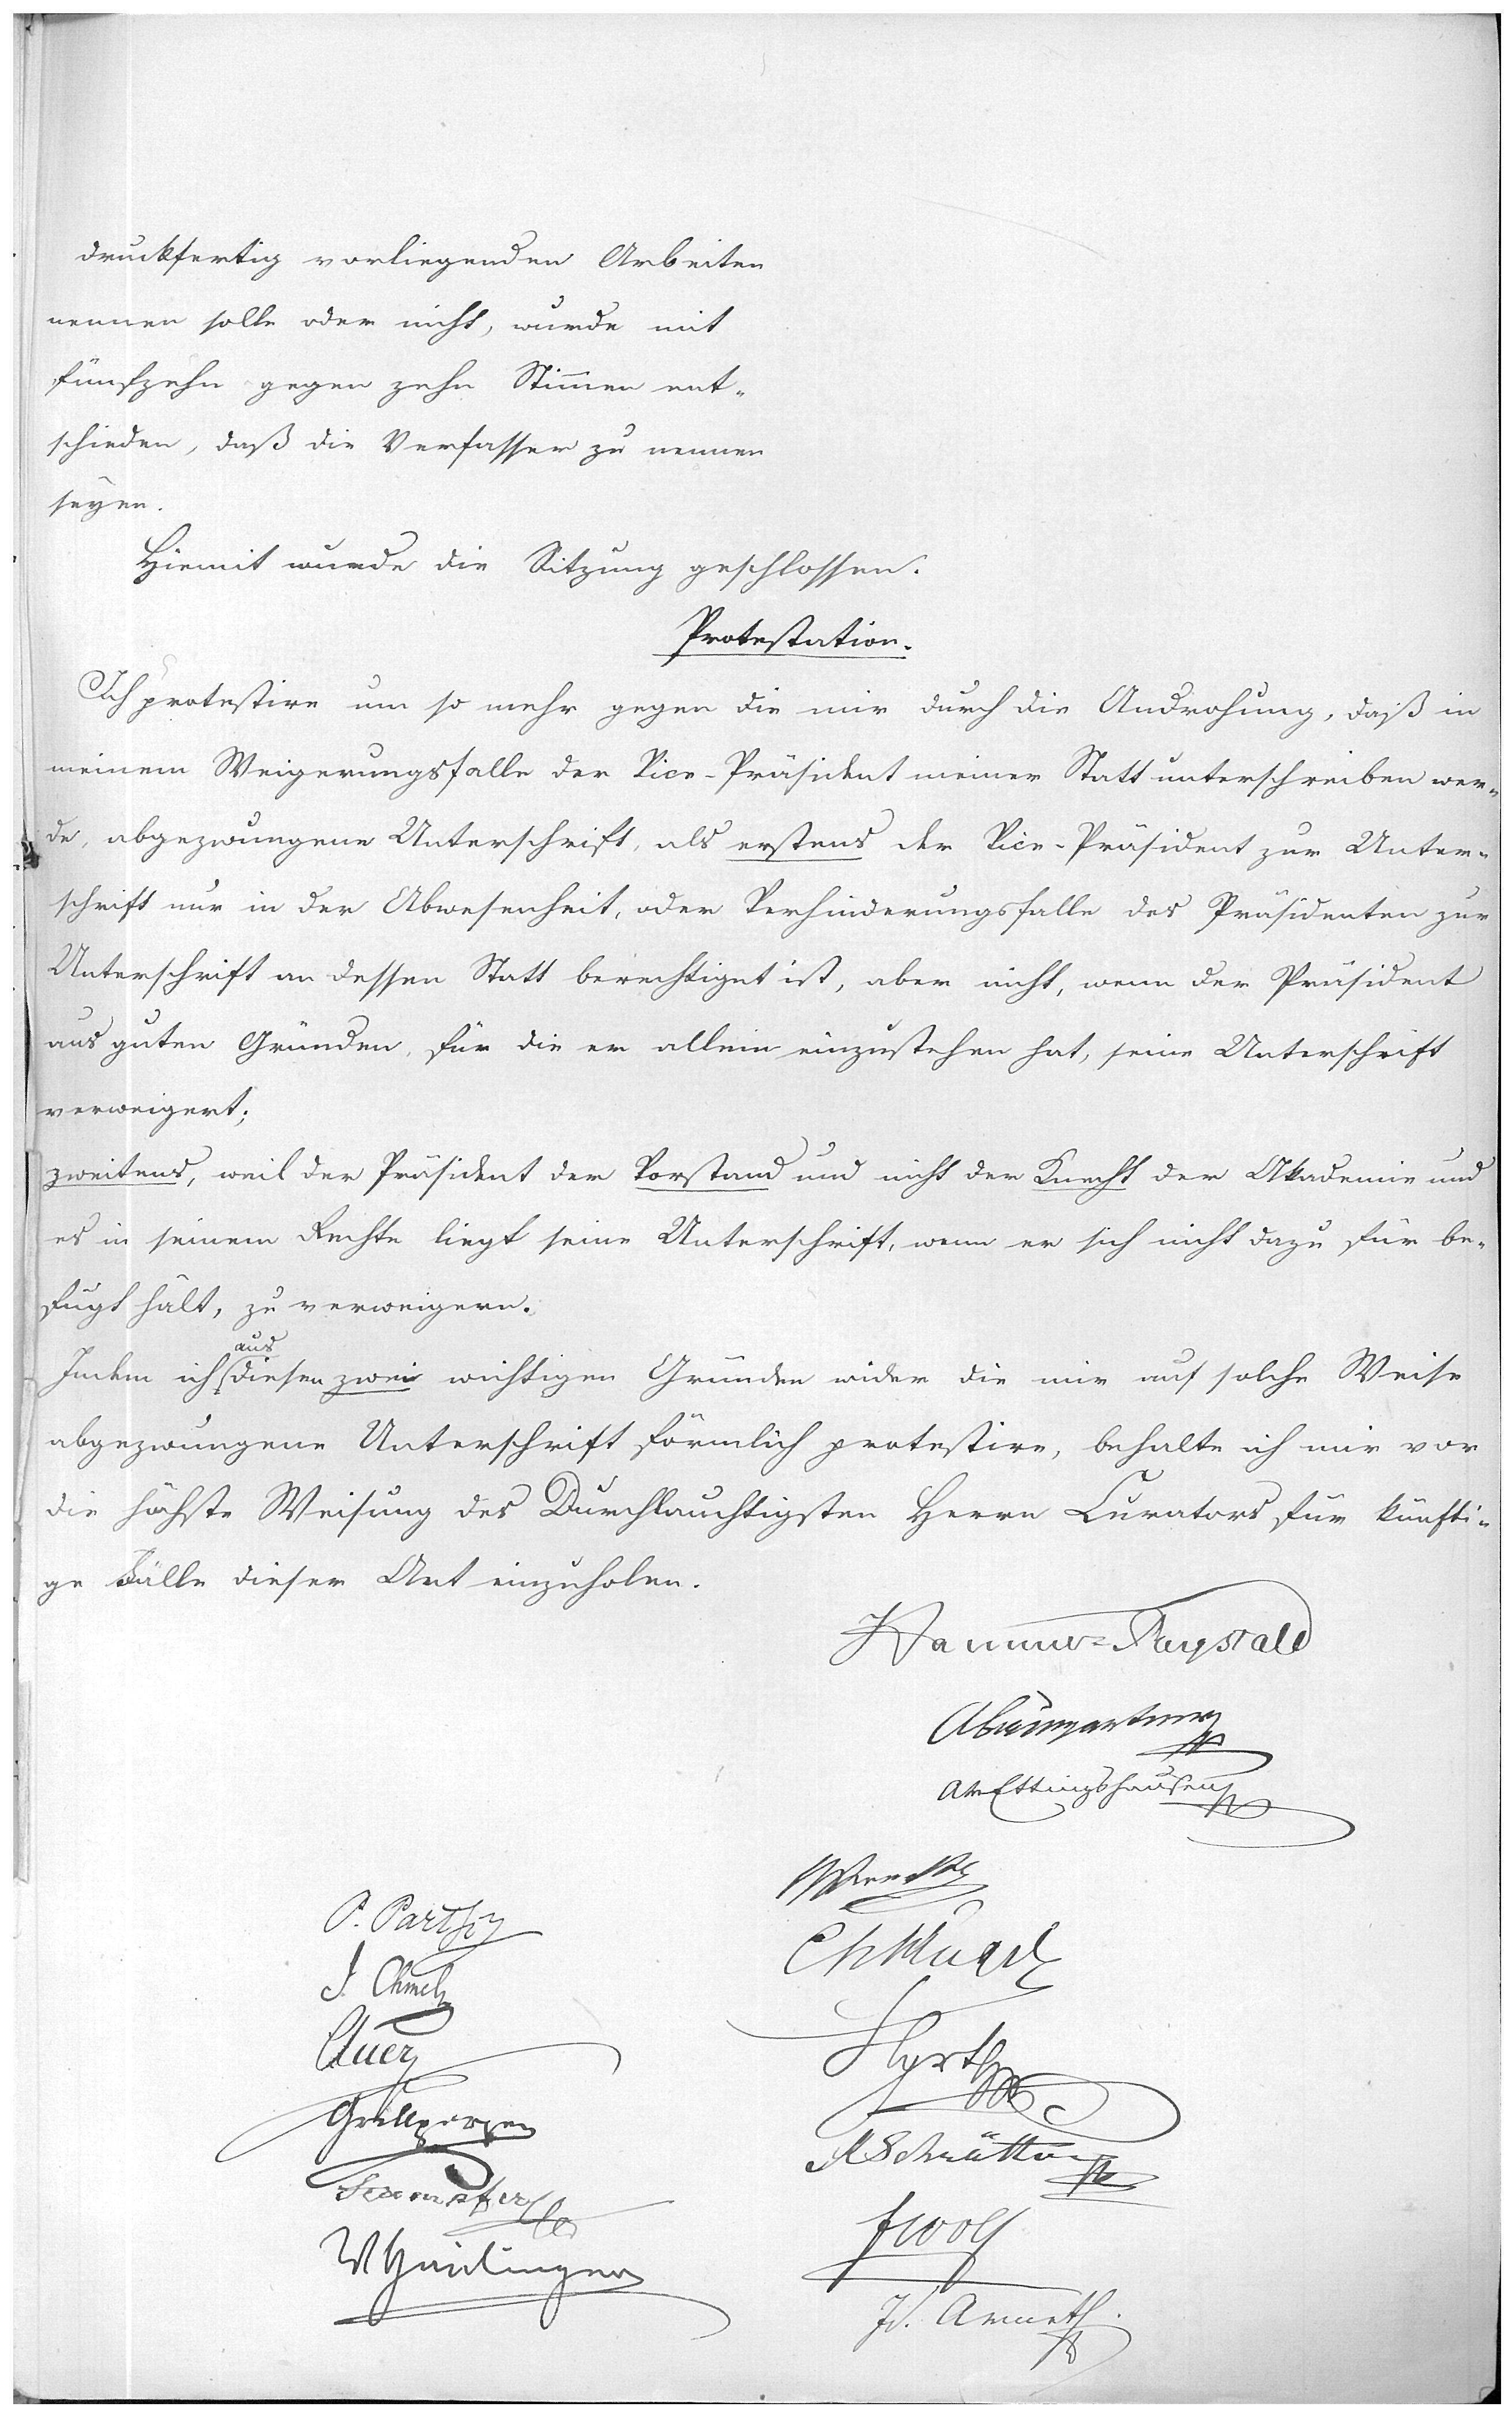
druckfertig vorliegenden Arbeiten
nennen solle oder nicht, wurde mit
fünfzehn gegen zehn Stimmen ent-
schieden, daß die Verfasser zu nennen
seyen.

Hiermit wurde die Sitzung geschlossen.

Protestation.

Ich protestire um so mehr gegen die mir durch die Androhnung, daß in
meinem Weigerungsfalle der Vice-Präsident meiner Statt unterschreiben wer-
de, abgezwungene Unterschrift als erstens der Vice-Präsident zur Unter-
schrift nur in der Abwesenheit oder Verhinderungsfalle des Präsidenten zur
Unterschrift an dessen Statt berechtiget ist, aber nicht, wenn der Präsident
aus guten Gründen für die er allein einzustehen hat, seine Unterschrift
verweigert;
zweitens, weil der Präsident der Vorstand und nicht der Knecht der Akademie und
es in seinem Rechte liegt, seine Unterschrift, wenn er sich nicht dazu für be-
fugt hält, zu verweigern.
Indem ich aus diesen zwei wichtigen Gründen wider die mir auf solche Weise
abgezwungene Unterschrift förmlich protestire, behalte ich mir vor
die höchste Weisung des Durchlauchtigsten Herrn Curators für künfti-
ge Fälle dieser Art einzuholen.

Hammer-Purgstall

ABaumgartner

AvEttingshausen

P. Partsch
J. Chmel
Auer
Grillparzer
Stampfer
W Haidinger

JPresl
CvHügel
Hyrtl
ASchrötter
FWolf
Jv. Arneth